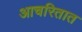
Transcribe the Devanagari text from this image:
आचरितात